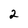
Character: 2